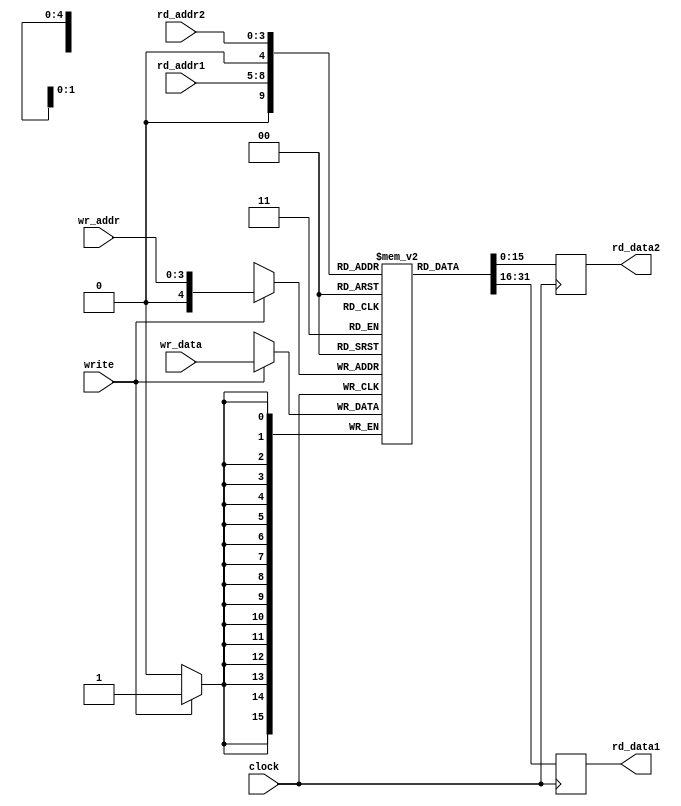


module ram16_2port (input clock, input write, 
		    input [3:0] wr_addr, input [15:0] wr_data,
		    input [3:0] rd_addr1, output reg [15:0] rd_data1,
		    input [3:0] rd_addr2, output reg [15:0] rd_data2);
   
   reg [15:0] 			ram_array [0:31];
   
   always @(posedge clock)
     rd_data1 <= #1 ram_array[rd_addr1];
   
   always @(posedge clock)
     rd_data2 <= #1 ram_array[rd_addr2];
   
   always @(posedge clock)
     if(write)
       ram_array[wr_addr] <= #1 wr_data;
   
endmodule // ram16_2port